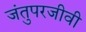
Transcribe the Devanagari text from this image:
जंतुपरजीवी